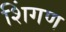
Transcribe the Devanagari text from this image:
शिंगण